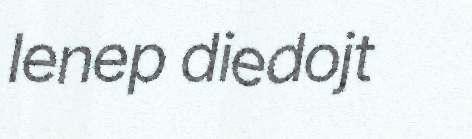
Ienep diedojt